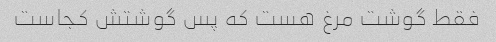
فقط گوشت مرغ هست که پس گوشتش کجاست